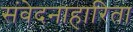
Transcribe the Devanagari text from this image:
संवेदनाहारिता